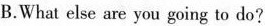
B.What else are you going to do?